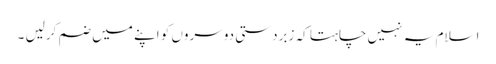
اسلام یہ نہیں چاہتا کہ زبردستی دوسروں کو اپنے میں ضم کرلیں ۔